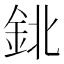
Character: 鉳